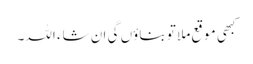
کبھی موقع ملا تو بناؤں گی ان شاء اللہ۔